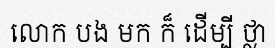
លោក បង មក ក៏ ដើម្បី ថ្លា